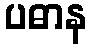
ပဓာန